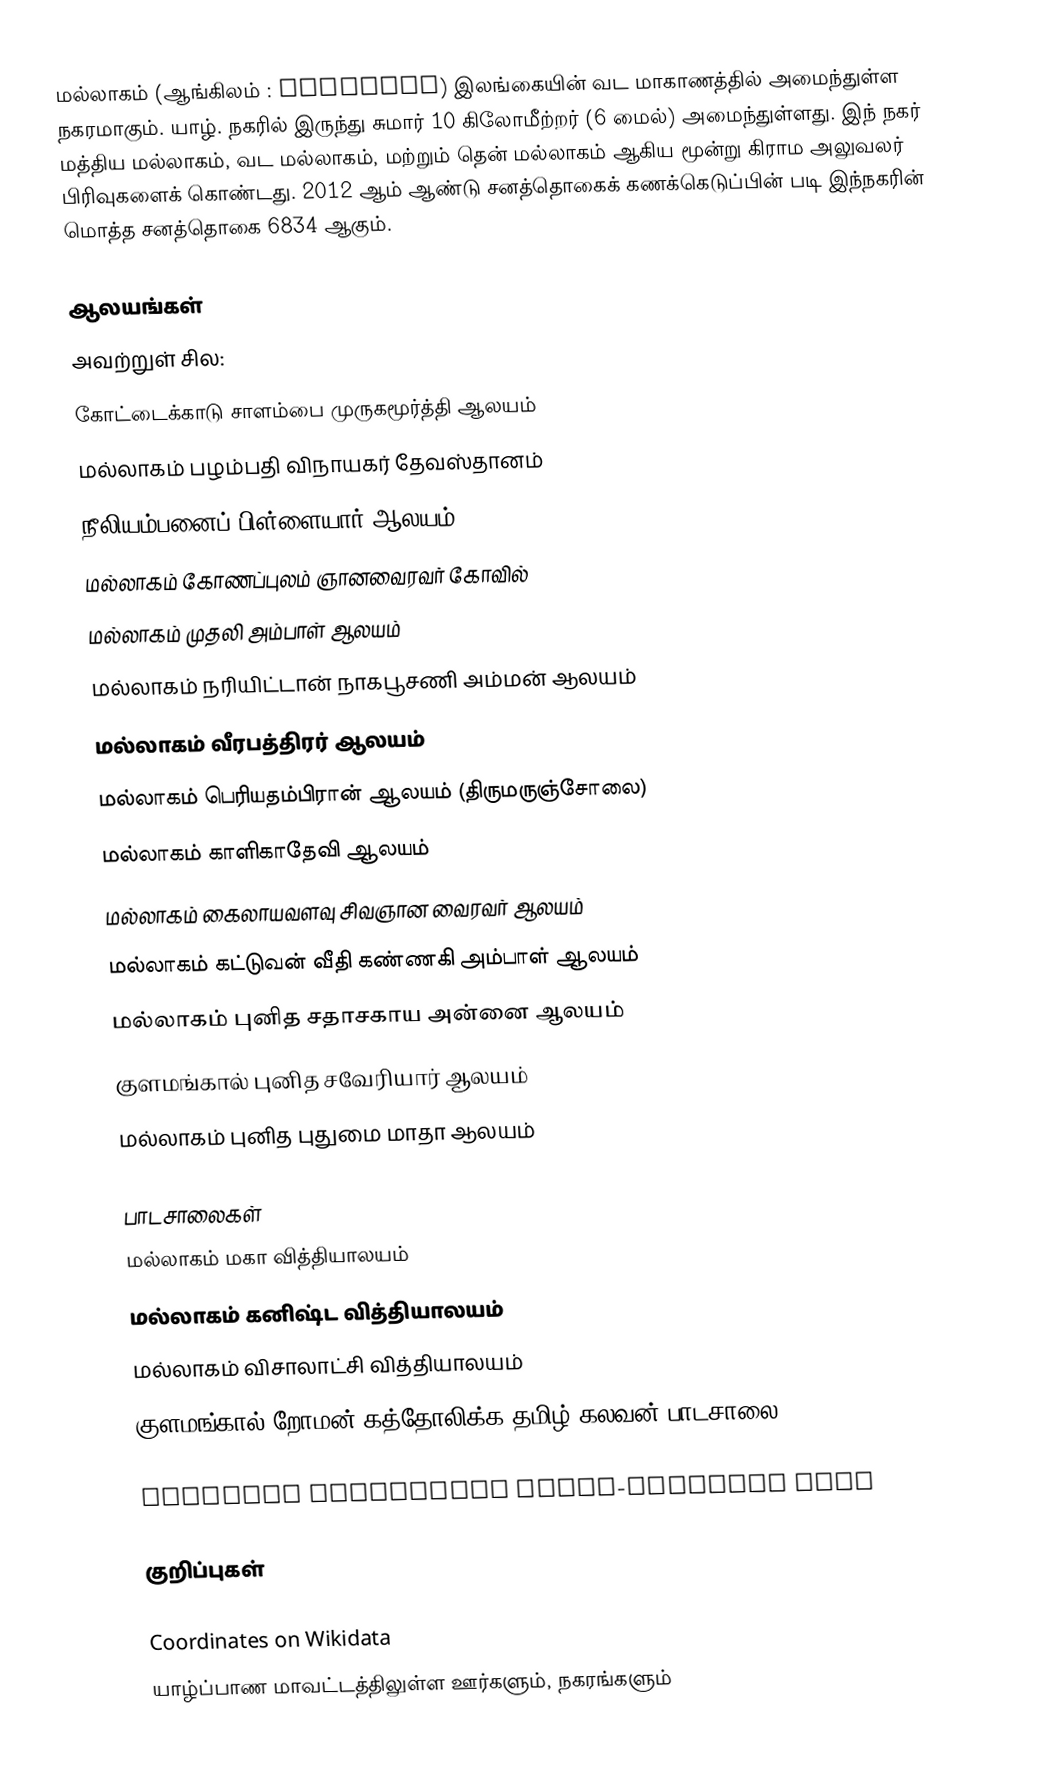
மல்லாகம் (ஆங்கிலம் : Mallakam) இலங்கையின் வட மாகாணத்தில் அமைந்துள்ள நகரமாகும். யாழ். நகரில் இருந்து சுமார் 10 கிலோமீற்றர் (6 மைல்) அமைந்துள்ளது. இந் நகர் மத்திய மல்லாகம், வட மல்லாகம், மற்றும் தென் மல்லாகம் ஆகிய மூன்று கிராம அலுவலர் பிரிவுகளைக் கொண்டது. 2012 ஆம் ஆண்டு சனத்தொகைக் கணக்கெடுப்பின் படி இந்நகரின் மொத்த சனத்தொகை 6834 ஆகும்.

ஆலயங்கள்
அவற்றுள் சில:
 கோட்டைக்காடு சாளம்பை முருகமூர்த்தி ஆலயம்
 மல்லாகம் பழம்பதி விநாயகர் தேவஸ்தானம்
 நீலியம்பனைப் பிள்ளையார் ஆலயம்
 மல்லாகம் கோணப்புலம் ஞானவைரவர் கோவில்
 மல்லாகம் முதலி அம்பாள் ஆலயம்
 மல்லாகம் நரியிட்டான் நாகபூசணி அம்மன் ஆலயம்
 மல்லாகம் வீரபத்திரர் ஆலயம்
 மல்லாகம் பெரியதம்பிரான் ஆலயம் (திருமருஞ்சோலை)
 மல்லாகம் காளிகாதேவி ஆலயம்
 மல்லாகம் கைலாயவளவு சிவஞான வைரவர் ஆலயம்
 மல்லாகம் கட்டுவன் வீதி கண்ணகி அம்பாள் ஆலயம்
 மல்லாகம் புனித சதாசகாய அன்னை ஆலயம்
 குளமங்கால் புனித சவேரியார் ஆலயம்
 மல்லாகம் புனித புதுமை மாதா ஆலயம்

பாடசாலைகள்
 மல்லாகம் மகா வித்தியாலயம்
 மல்லாகம் கனிஷ்ட வித்தியாலயம்
 மல்லாகம் விசாலாட்சி வித்தியாலயம்
 குளமங்கால் றோமன் கத்தோலிக்க தமிழ் கலவன் பாடசாலை

Articles containing Tamil-language text

குறிப்புகள்

Coordinates on Wikidata
யாழ்ப்பாண மாவட்டத்திலுள்ள ஊர்களும், நகரங்களும்